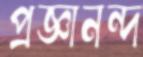
প্রজ্ঞানন্দ